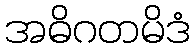
အဓိဂတမိဒံ